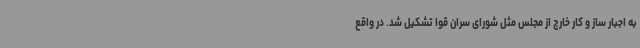
به اجبار ساز و کار خارج از مجلس مثل شورای سران قوا تشکیل شد. در واقع